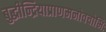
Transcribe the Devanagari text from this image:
बुद्धीन्द्रियाप्राणमनोवचोभिः